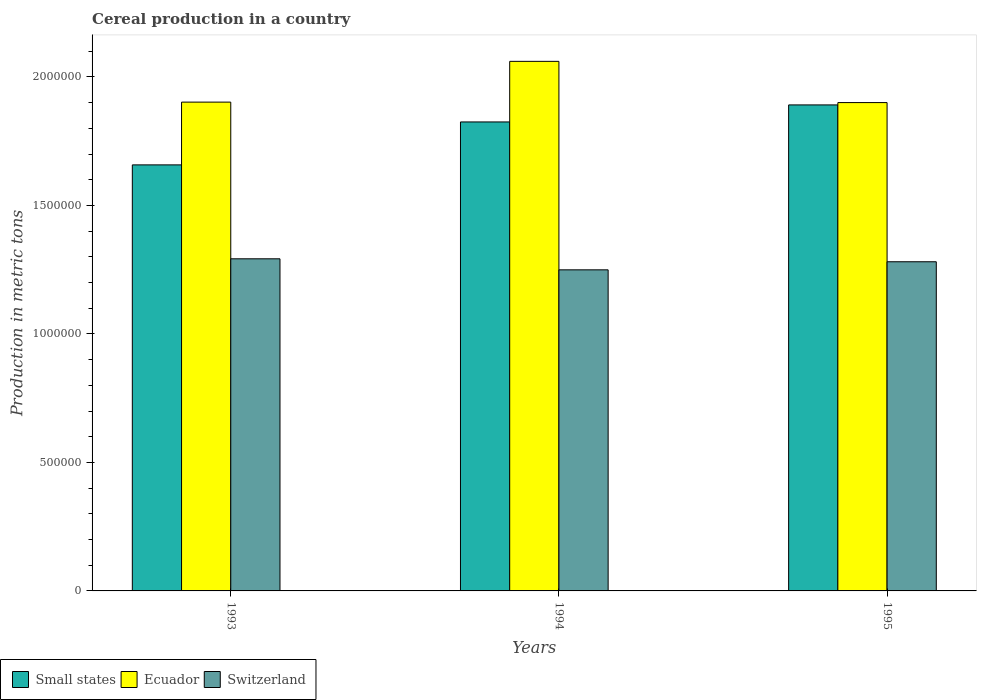
| Years | Small states | Ecuador | Switzerland |
 | --- | --- | --- | --- |
 | 1993 | 1.66e+06 | 1.9e+06 | 1.29e+06 |
 | 1994 | 1.82e+06 | 2.06e+06 | 1.25e+06 |
 | 1995 | 1.89e+06 | 1.9e+06 | 1.28e+06 |